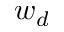
w _ { d }